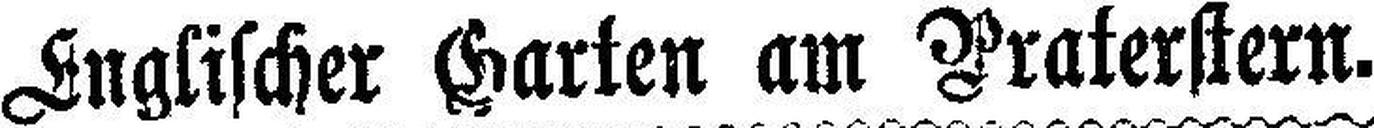
Englischer Garten am Praterstern.